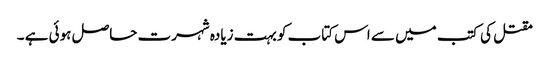
مقتل کی کتب میں سے اس کتاب کو بہت زیادہ شہرت حاصل ہوئی ہے ۔